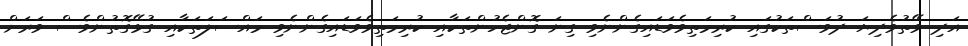
އަދި ވޭތުވެދިޔަ ދުވަސްތަކުގައި ކުރިމަތިވެވަޑައިގެންނެވި ގިނަ ގޮންޖެހުންތަކާއި ކުރިމަތިވެވަޑައިގެންނެވި މައްސަލަތަކާއި ގުޅޭގޮތުންވެސް ވަރަށް